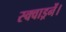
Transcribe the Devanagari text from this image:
स्क्वाड्रनें।